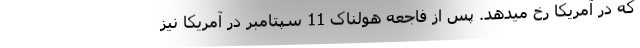
که در آمریکا رخ میدهد. پس از فاجعه هولناک 11 سپتامبر در آمریکا نیز